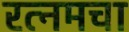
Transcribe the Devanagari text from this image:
रत्नमचा